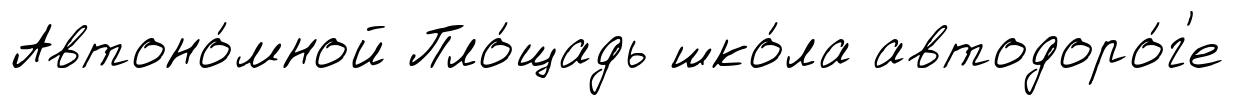
Автоно́мной Пло́щадь шко́ла автодоро́г'е